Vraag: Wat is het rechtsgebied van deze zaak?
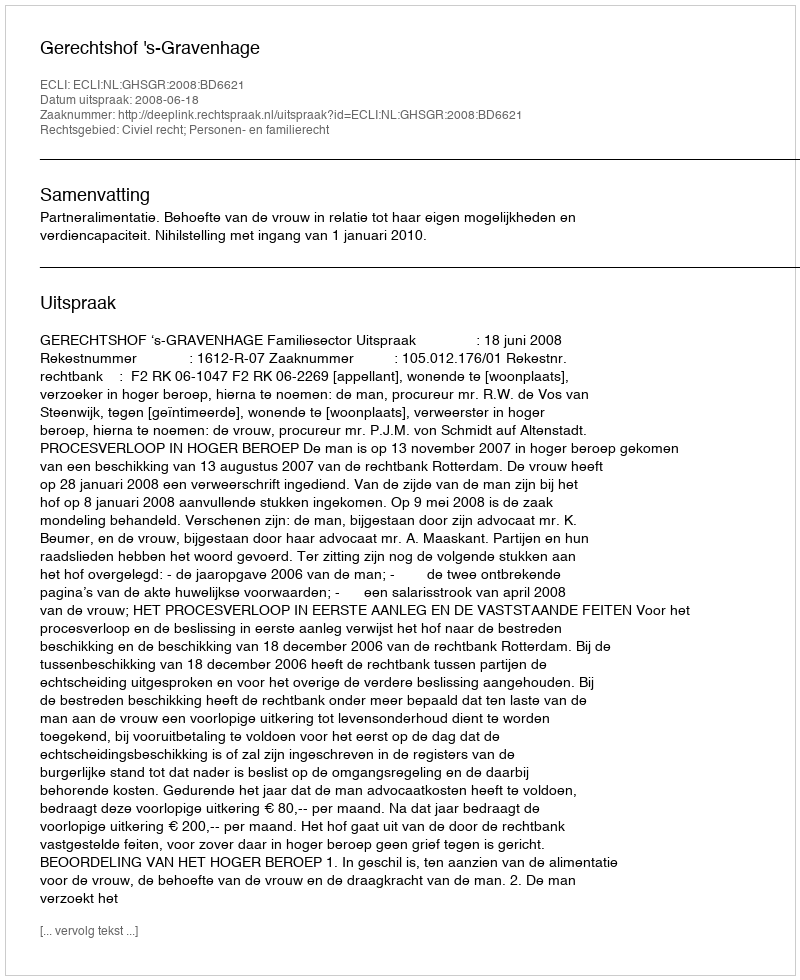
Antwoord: Civiel recht; Personen- en familierecht